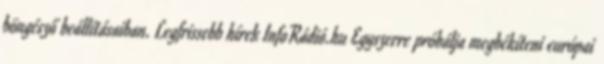
böngésző beállításaiban. Legfrissebb hírek InfoRádió.hu Egyszerre próbálja megbékíteni európai